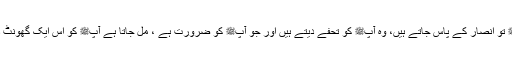
شیطان نے کہا کہ رسول اللہﷺ تو انصار کے پاس جاتے ہیں، وہ آپﷺ کو تحفے دیتے ہیں اور جو آپﷺ کو ضرورت ہے ، مل جاتا ہے آپﷺ کو اس ایک گھونٹ دودھ کی کیا ضرورت ہو گی؟